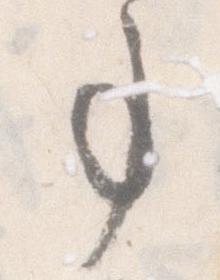
事